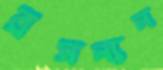
ব্রসন্যন